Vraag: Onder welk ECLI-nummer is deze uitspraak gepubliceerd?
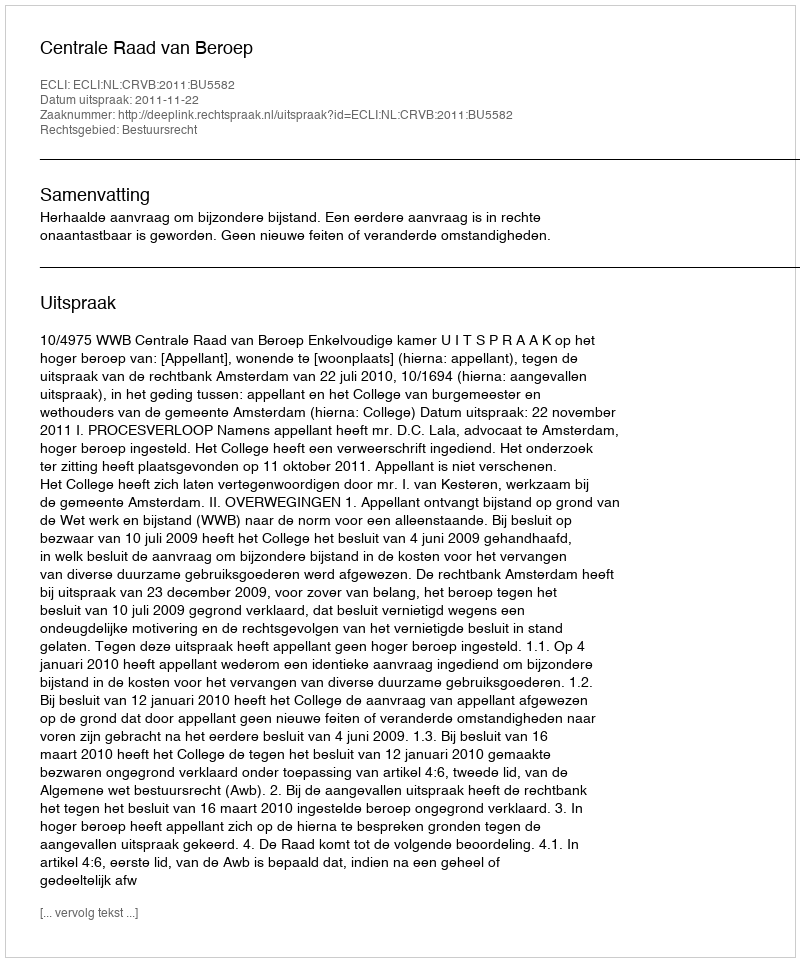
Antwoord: ECLI:NL:CRVB:2011:BU5582